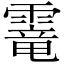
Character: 𩄱